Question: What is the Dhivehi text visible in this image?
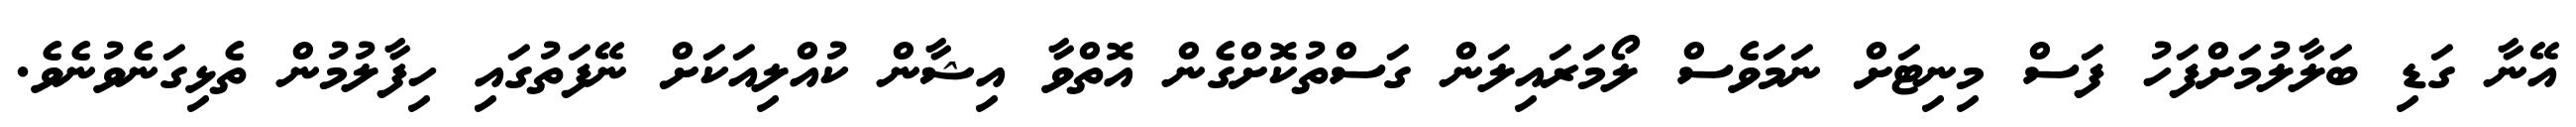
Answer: އޭނާ ގަޑި ބަލާލުމަށްފަހު ފަސް މިނިޓަށް ނަމަވެސް ލޯމަރައިލަން ގަސްތުކޮށްގެން އޮތްވާ އިޝާން ކުއްލިއަކަށް ނޭފަތުގައި ހިފާލުމުން ތެޅިގަނެވުނެވެ.